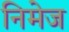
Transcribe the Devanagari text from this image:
निमेज